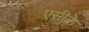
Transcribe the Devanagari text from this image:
एसीके